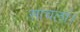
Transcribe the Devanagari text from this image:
साचला।